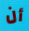
أن